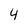
Character: 4